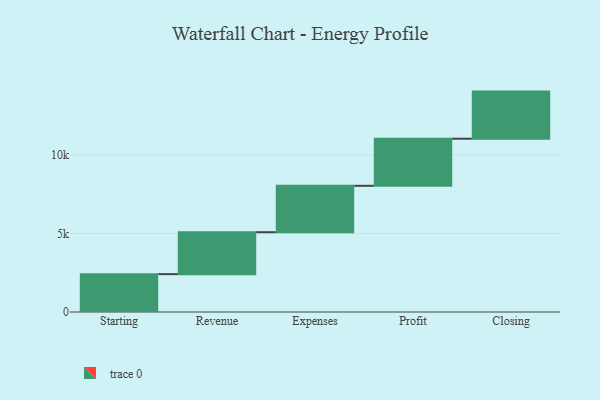
{"axis": {"x": "Step", "y": "Value"}, "legend": [""], "data": [{"x": "Starting", "y": 2412.0, "type": ""}, {"x": "Revenue", "y": 2670.0, "type": ""}, {"x": "Expenses", "y": 2954.0, "type": ""}, {"x": "Profit", "y": 3000, "type": ""}, {"x": "Closing", "y": 3000, "type": ""}]}